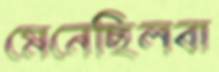
মেনেছিলবা